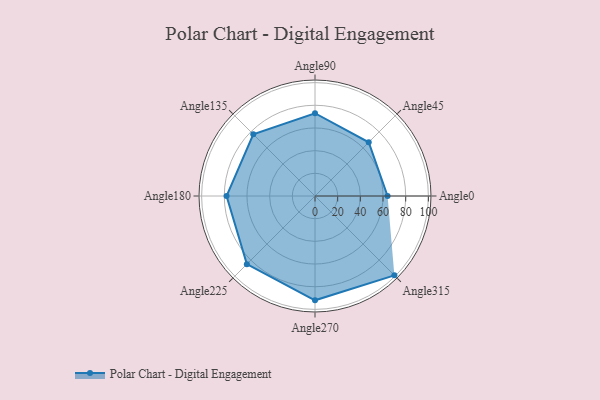
{"axis": {"x": "Angle", "y": "Radius"}, "legend": [""], "data": [{"x": "Angle0", "y": 64.0, "type": ""}, {"x": "Angle45", "y": 67.0, "type": ""}, {"x": "Angle90", "y": 73.0, "type": ""}, {"x": "Angle135", "y": 77.0, "type": ""}, {"x": "Angle180", "y": 78.0, "type": ""}, {"x": "Angle225", "y": 85.0, "type": ""}, {"x": "Angle270", "y": 92.0, "type": ""}, {"x": "Angle315", "y": 99.0, "type": ""}]}